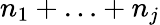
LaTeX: n_{1}+\ldots+n_{j}